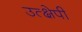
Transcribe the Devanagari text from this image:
उत्क्षेपी